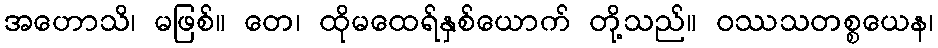
အဟောသိ၊ မဖြစ်။ တေ၊ ထိုမထေရ်နှစ်ယောက် တို့သည်။ ဝဿသတစ္စယေန၊